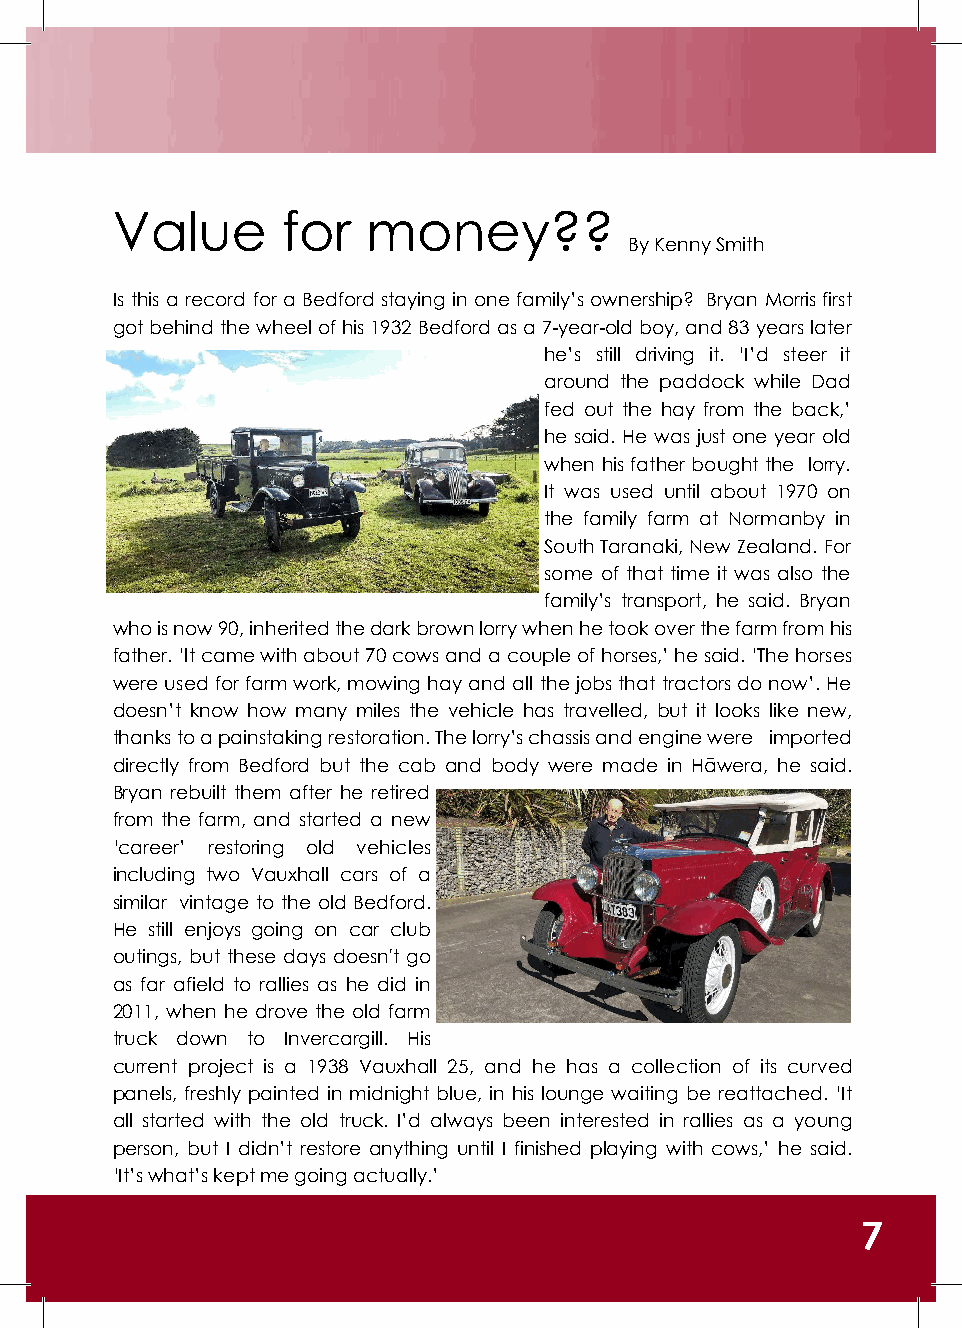
Value       for  money??
 By Kenny Smith
 Is this a record for a Bedford staying in one family’s ownership? Bryan Morris first
 got behind the wheel of his 1932 Bedford as a 7-year-old boy, and 83 years later
 he’s still driving it. ‘I’d steer it
 around the paddock while Dad
 fed out the hay from the back,’
 he said. He was just one year old
 when his father bought the lorry.
 It was used until about 1970 on
 the family farm at Normanby in
 South Taranaki, New Zealand. For
 some of that time it was also the
 family’s transport, he said. Bryan
 who is now 90, inherited the dark brown lorry when he took over the farm from his
 father. ‘It came with about 70 cows and a couple of horses,’ he said. ‘The horses
 were used for farm work, mowing hay and all the jobs that tractors do now’. He
 doesn’t know how many miles the vehicle has travelled, but it looks like new,
 thanks to a painstaking restoration. The lorry’s chassis and engine were imported
 directly from Bedford but the cab and body were made in Hāwera, he said.
 Bryan rebuilt them after he retired
 from the farm, and started a new
 ‘career’ restoring old vehicles
 including two Vauxhall cars of a
 similar vintage to the old Bedford.
 He still enjoys going on car club
 outings, but these days doesn't go
 as far afield to rallies as he did in
 2011, when he drove the old farm
 truck down to Invercargill. His
 current project is a 1938 Vauxhall 25, and he has a collection of its curved
 panels, freshly painted in midnight blue, in his lounge waiting be reattached. ‘It
 all started with the old truck. I’d always been interested in rallies as a young
 person, but I didn’t restore anything until I finished playing with cows,’ he said.
 ‘It’s what’s kept me going actually.’
 7